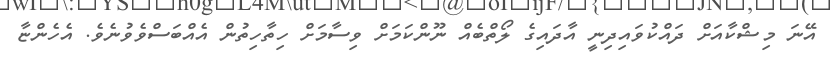
އޭނަ މިޝްކާއަށް ދައްކުވައިދިނީ އާދައިގެ ލޯތްބެއް ނޫންކަމަށް ވިސާމަށް ހިތާހިތުން އެއްބަސްވެވުނެވެ. އެހެންޏާ